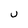
Character: U